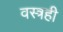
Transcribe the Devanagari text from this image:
वस्त्रही